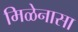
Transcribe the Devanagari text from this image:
मिळेनासा